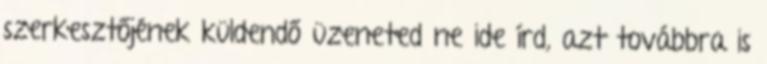
szerkesztőjének küldendő üzeneted ne ide írd, azt továbbra is